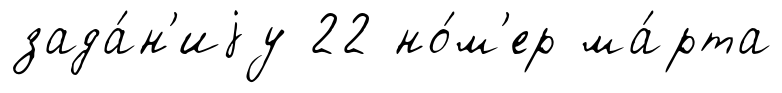
зада́н'иjу 22 но́м'ер ма́рта